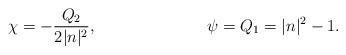
LaTeX: \begin{align*}\chi = - \frac{Q_2}{2|n|^2}, \hspace{1.1in} \psi = Q_1 = |n|^2 - 1.\end{align*}